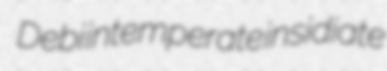
Debi intemperate insidiate